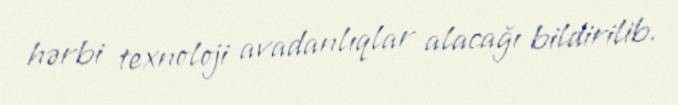
hərbi texnoloji avadanlıqlar alacağı bildirilib.